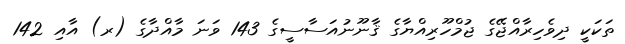
ތަކަކީ ދިވެހިރާއްޖޭގެ ޖުމްހޫރިއްޔާގެ ޤާނޫނުއަސާސީގެ 143 ވަނަ މާއްދާގެ (ރ) އާއި 142